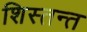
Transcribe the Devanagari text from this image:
शिस्तन्त